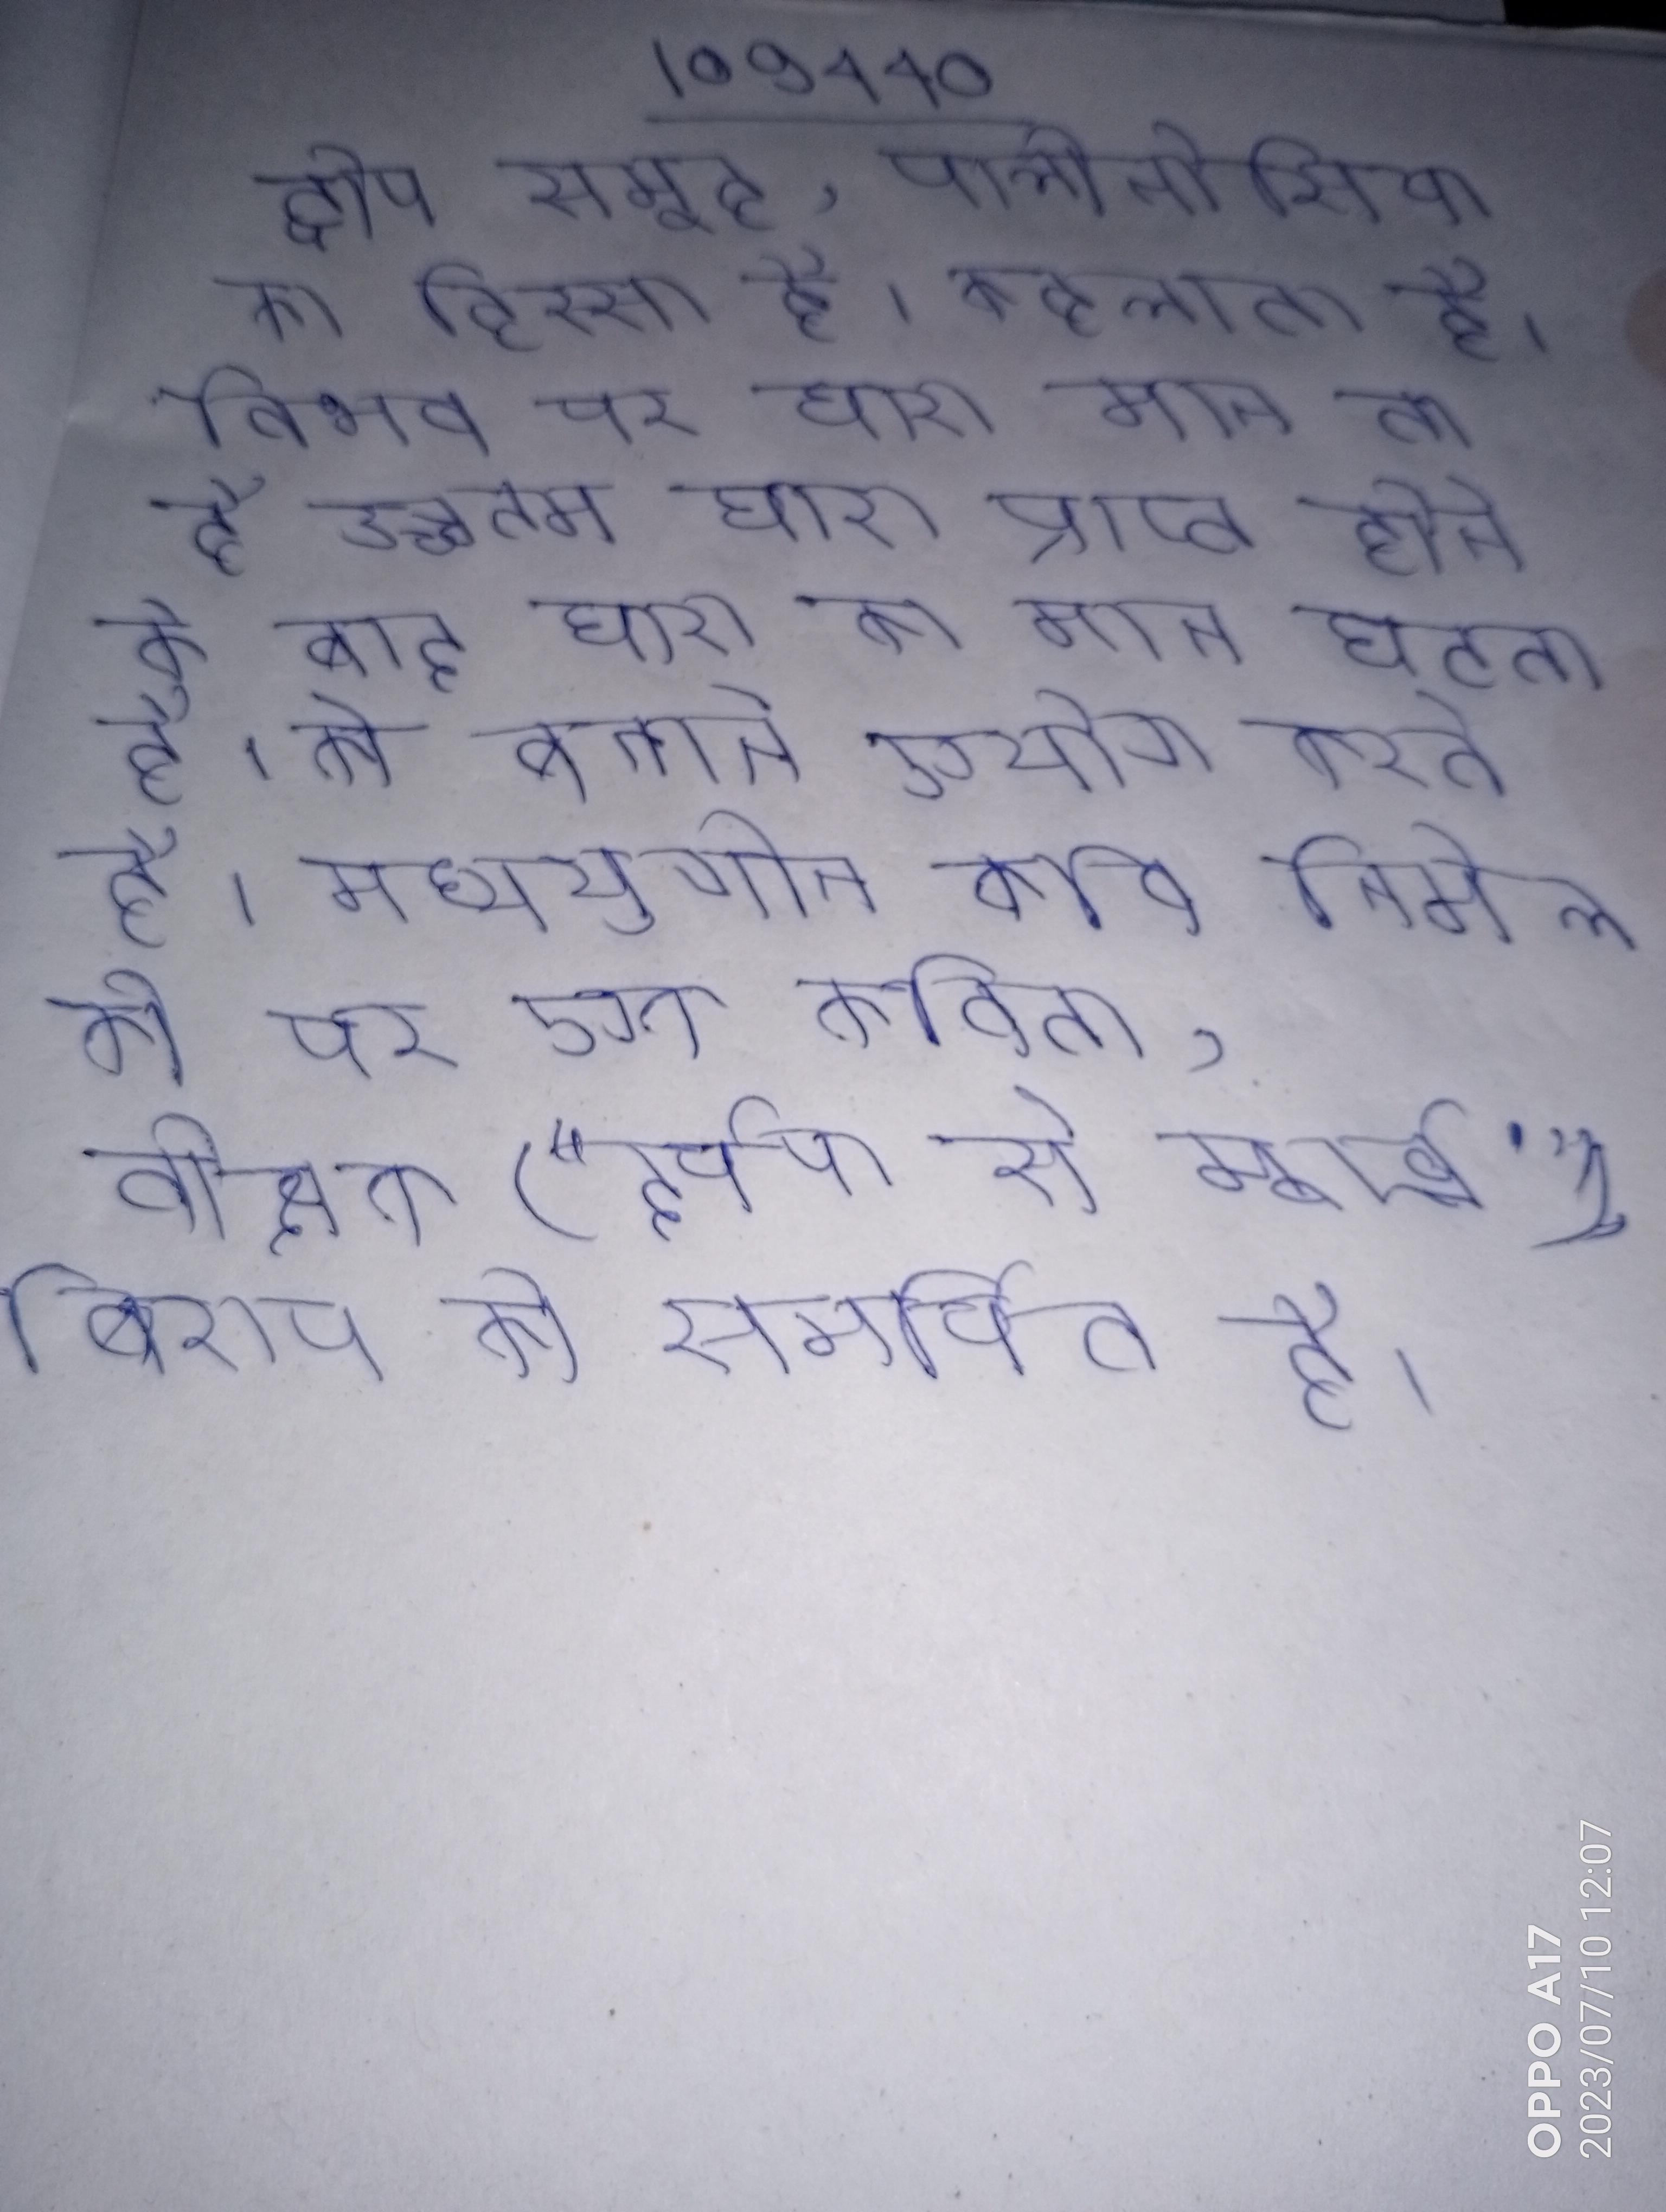
द्वीप समूह, पालीनोसिया का हिस्सा है । कहलाता है। विभव पर धारा मान ता है उच्चतम धारा प्राप्त होने के बाद धारा का मान घटता है । को बनाने ऐसे अार्ध चालक का प्रयोग करते है । मध्ययुगीन कवि निगेल की पर एक कविता, वीक्षक ("दर्पण से मूर्ख"), बिशप को समर्पित है ।